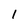
Character: 1